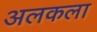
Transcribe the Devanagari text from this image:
अलकला